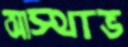
আস্থাভ